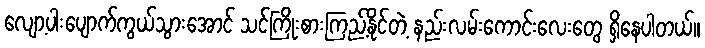
လျော့ပါးပျောက်ကွယ်သွားအောင် သင်ကြိုးစားကြည့်နိုင်တဲ့ နည်းလမ်းကောင်းလေးတွေ ရှိနေပါတယ်။